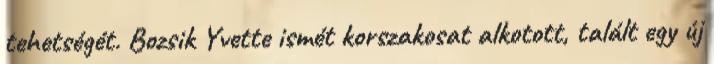
tehetségét. Bozsik Yvette ismét korszakosat alkotott, talált egy új